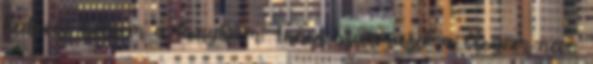
kedvenc helyem a konyhám. Innen származik a blogom neve.